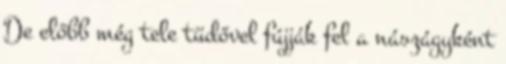
De előbb még tele tüdővel fújják fel a nászágyként